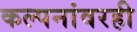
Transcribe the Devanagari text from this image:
कल्पनांवरही